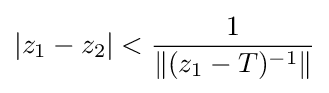
|z_{1}-z_{2}|<{\frac {1}{\left\|(z_{1}-T)^{-1}\right\|}}